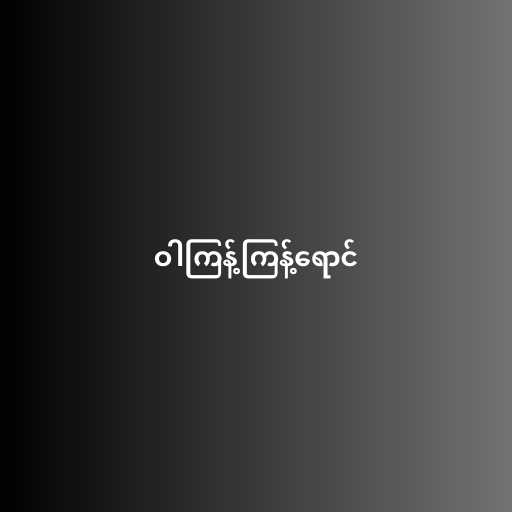
ဝါကြန့်ကြန့်ရောင်